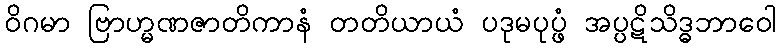
ဝိဂမာ ဗြာဟ္မဏဇာတိကာနံ တတိယာယံ ပဒုမပုပ္ဖံ အပ္ပဋိသိဒ္ဓဘာဝေါ